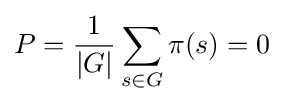
P={\frac {1}{|G|}}\sum _{s\in G}\pi (s)=0